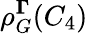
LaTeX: \rho_{G}^{\mathbf\Gamma}(C_{4})